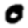
Digit: 0